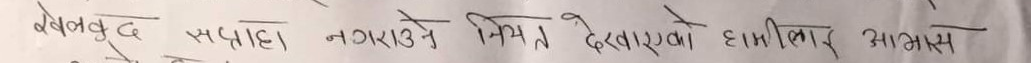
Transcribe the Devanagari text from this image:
खेलकुद नगराउने नियम देखाएको हामीलाई आभास